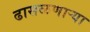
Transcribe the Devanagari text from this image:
ढासळणार्‍या